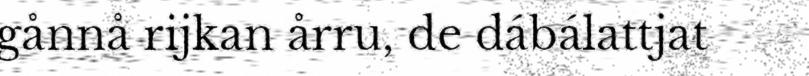
gånnå rijkan årru, de dábálattjat